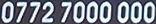
0772 7000 000